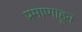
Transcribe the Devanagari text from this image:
प्रमाणाहून